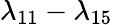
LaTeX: \lambda_{11}-\lambda_{15}